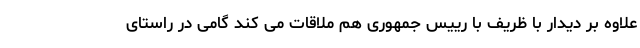
علاوه بر دیدار با ظریف با رییس جمهوری هم ملاقات می کند گامی در راستای